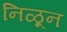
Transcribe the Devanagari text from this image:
निळून